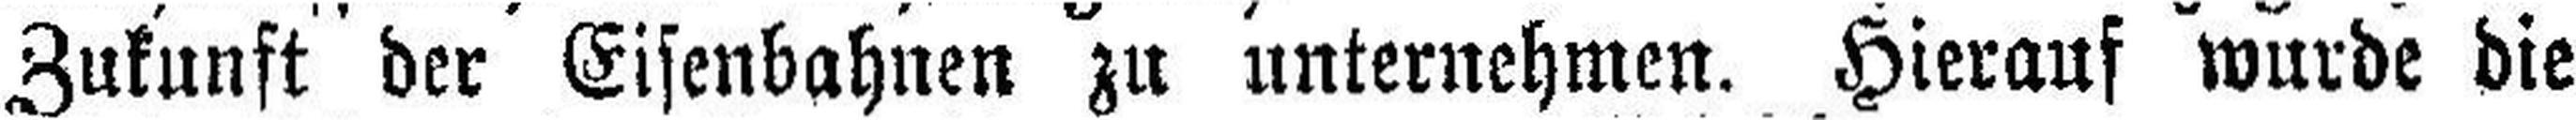
Zukunft der Eisenbahnen zu unternehmen. Hierauf wurde die